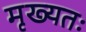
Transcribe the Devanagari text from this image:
मृख्यतः